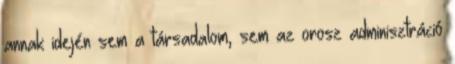
annak idején sem a társadalom, sem az orosz adminisztráció